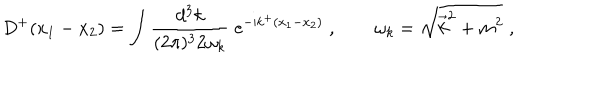
D ^ { + } ( x _ { 1 } - x _ { 2 } ) = \int \frac { d ^ { 3 } k } { ( 2 \pi ) ^ { 3 } 2 \omega _ { k } } \; \mathrm { e } ^ { - \mathrm { i } k ^ { + } ( x _ { 1 } - x _ { 2 } ) } \; , \qquad \omega _ { k } = \sqrt { \vec { k } ^ { 2 } + m ^ { 2 } } \; ,